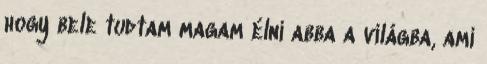
hogy bele tudtam magam élni abba a világba, ami